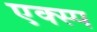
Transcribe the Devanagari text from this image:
एक्स्प